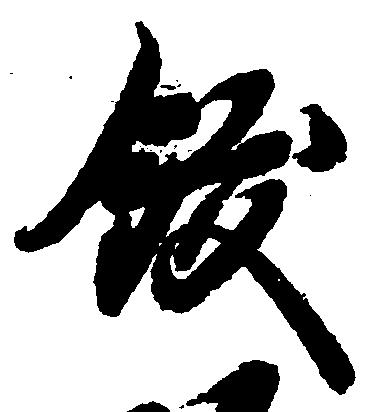
飫